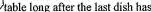
table long after the last dish has